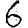
Digit: 6